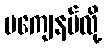
မကျေနပ်လို့